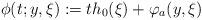
LaTeX: \begin{align*}\phi(t;y,\xi):=th_0(\xi)+\varphi_a(y,\xi)\end{align*}